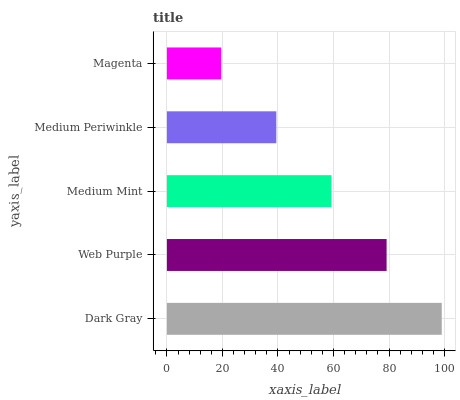
| yaxis_label | bars |
 | --- | --- |
 | Dark Gray | 99 |
 | Web Purple | 79.1 |
 | Medium Mint | 59.3 |
 | Medium Periwinkle | 39.4 |
 | Magenta | 19.5 |